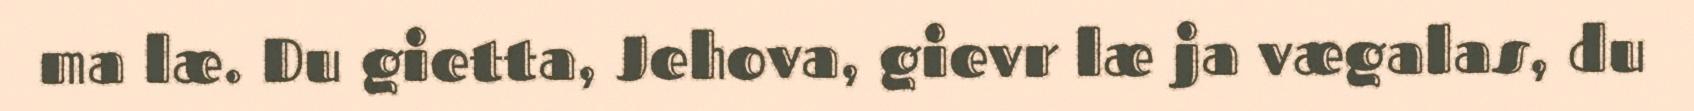
ma læ. Du gietta, Jehova, gievr læ ja vægalas, du